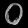
Digit: ၀